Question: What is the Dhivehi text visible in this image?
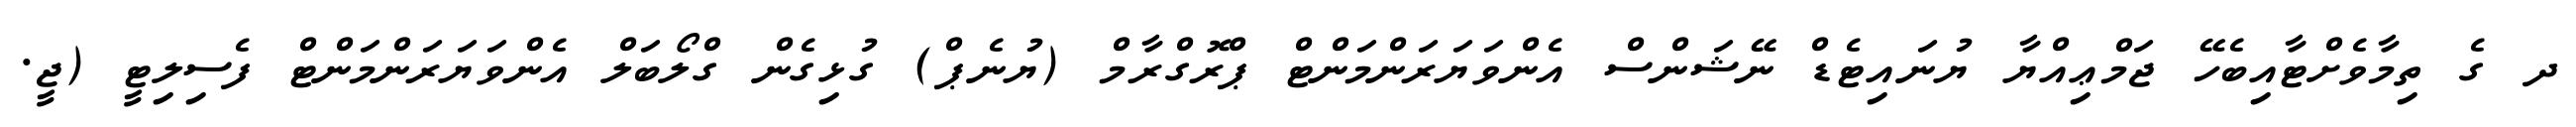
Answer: ދ ގެ ތިމާވެށްޓާއިބެހޭ ޖަމްޢިއްޔާ ޔުނައިޓެޑް ނޭޝަންސް އެންވަޔަރަންމަންޓް ޕްރޮގްރާމް (ޔުނެޕް) ގުޅިގެން ގްލޯބަލް އެންވަޔަރަންމަންޓް ފެސިލިޓީ (ޖީ.